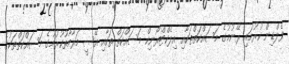
ވެލްޑިން ކުރުމައި ރޭނުމުގެ މަސައްކަތްތަކާއި އިލެކްޓްރޯނިކް މަސައްކަތް ތަކާއި އޭސީ މަރާމާތުކުރުމުގެ މަސައްކަތްތަކުގެ